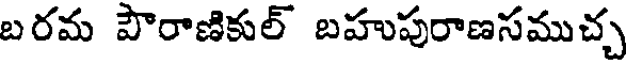
బరమ పౌరాణికుల్ బహుపురాణసముచ్చ